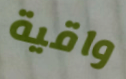
واقية